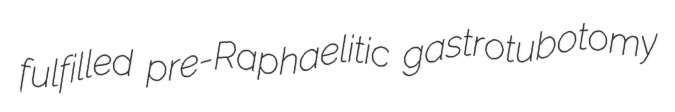
fulfilled pre-Raphaelitic gastrotubotomy